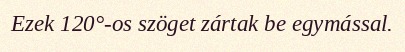
Ezek 120°-os szöget zártak be egymással.